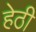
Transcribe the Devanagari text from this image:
हेठी